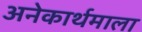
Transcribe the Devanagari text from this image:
अनेकार्थमाला